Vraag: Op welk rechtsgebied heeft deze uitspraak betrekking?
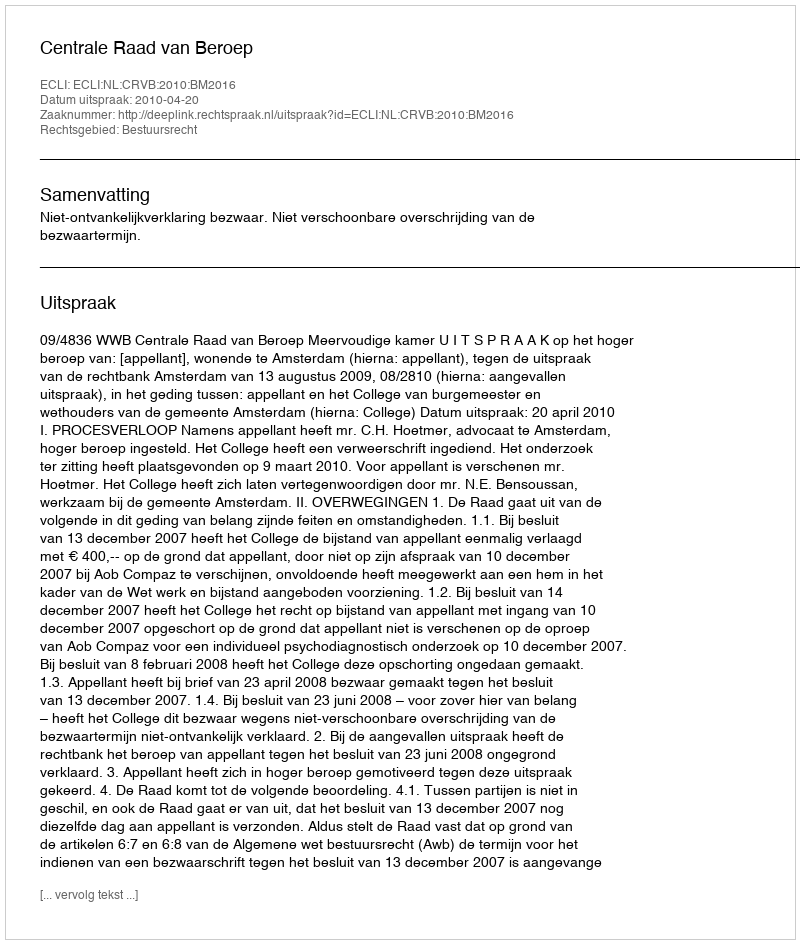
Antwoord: Bestuursrecht